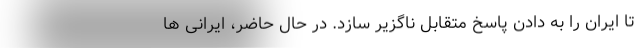
تا ایران را به دادن پاسخ متقابل ناگزیر سازد. در حال حاضر، ایرانی ها